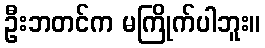
ဦးဘတင်က မကြိုက်ပါဘူး။